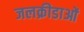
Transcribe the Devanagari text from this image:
जलक्रीडाओं